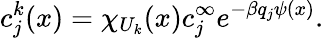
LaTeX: c_{j}^{k}(x)=\chi_{U_{k}}(x)c_{j}^{\infty}e^{-\beta q_{j}\psi(x)}.